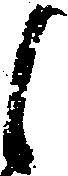
候